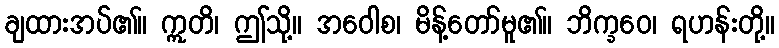
ချထားအပ်၏။ ဣတိ၊ ဤသို့။ အဝေါစ၊ မိန့်တော်မူ၏။ ဘိက္ခဝေ၊ ရဟန်းတို့။